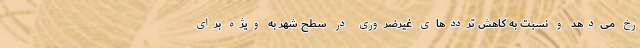
رخ می‌دهد و نسبت به کاهش تردد‌های غیرضروری در سطح شهر به ویژه برای